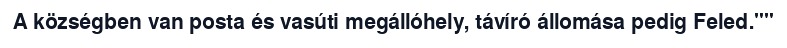
A községben van posta és vasúti megállóhely, távíró állomása pedig Feled.""